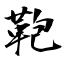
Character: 鞄